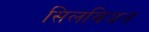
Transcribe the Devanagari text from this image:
सिलवियन